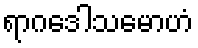
ရာဂဒေါသမောဟံ